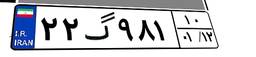
۲۲گ۹۸۱۱۰